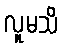
လူမသိ